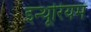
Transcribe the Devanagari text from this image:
इन्थूरियम